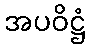
အပဝိဋ္ဌံ